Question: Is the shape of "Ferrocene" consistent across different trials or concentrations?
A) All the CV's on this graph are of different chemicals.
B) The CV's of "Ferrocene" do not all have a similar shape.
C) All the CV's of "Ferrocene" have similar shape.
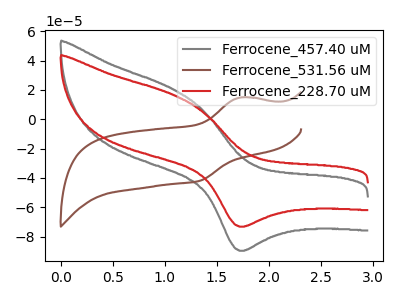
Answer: <think>The gray curve "Ferrocene_457.40 uM" has an anodic peak at (1.10V, 20.10uA) and a cathodic peak at (1.75V, -89.65uA). The brown curve "Ferrocene_531.56 uM" has an anodic peak at (1.75V, 14.85uA) and a cathodic peak at (1.35V, -41.90uA). The red curve "Ferrocene_228.70 uM" has an anodic peak at (1.10V, 16.40uA) and a cathodic peak at (1.75V, -73.20uA).
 "Ferrocene_457.40 uM" and "Ferrocene_531.56 uM" have at least one peak that do not match. All the peaks in "Ferrocene_457.40 uM" have a peak in "Ferrocene_228.70 uM" at the same potential. Every peak in "Ferrocene_457.40 uM" is higher than every peak in "Ferrocene_228.70 uM". "Ferrocene_531.56 uM" and "Ferrocene_228.70 uM" have at least one peak that do not match.</think>
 <answer>C) All the CV's of "Ferrocene" have similar shape.</answer>
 <eval>C</eval>